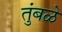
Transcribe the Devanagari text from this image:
तुंबळे